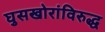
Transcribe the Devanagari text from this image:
घुसखोरांविरुद्ध